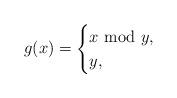
LaTeX: \begin{align*} g(x)=\begin{cases} x\!\!\!\!\mod y, & \\ y, & \end{cases}\end{align*}